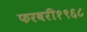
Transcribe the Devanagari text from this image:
फरवरी१९६८